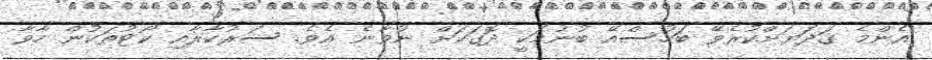
އެންމެ ގަދަޔަށްކުރެވޭ ބަހުސްއޭ ބުނުމަކީ ދޮގަކަށް ނުވާނެ އެވެ. ސަރުކާރާއި ކޯޓުތަކުން ހާވާ